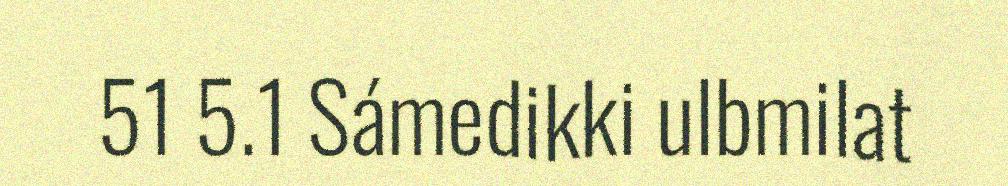
51 5.1 Sámedikki ulbmilat